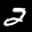
Label: 2